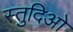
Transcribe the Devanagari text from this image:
स्तुदिओ